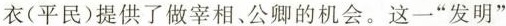
衣(平民)提供了做宰相、公卿的机会。这一”发明”